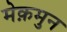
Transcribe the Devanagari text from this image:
मेक़मुन